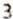
3